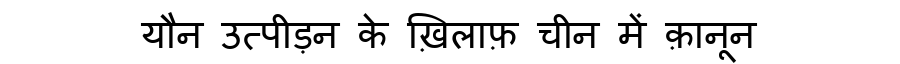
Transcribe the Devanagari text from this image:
यौन उत्पीड़न के ख़िलाफ़ चीन में क़ानून